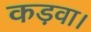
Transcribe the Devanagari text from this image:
कड़वा।